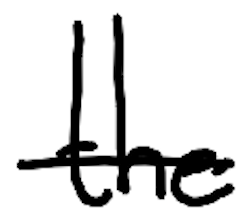
Text: the
Cross-out: single-line
Writing tool: digital_black